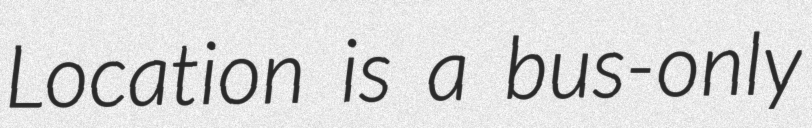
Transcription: Location is a bus-only